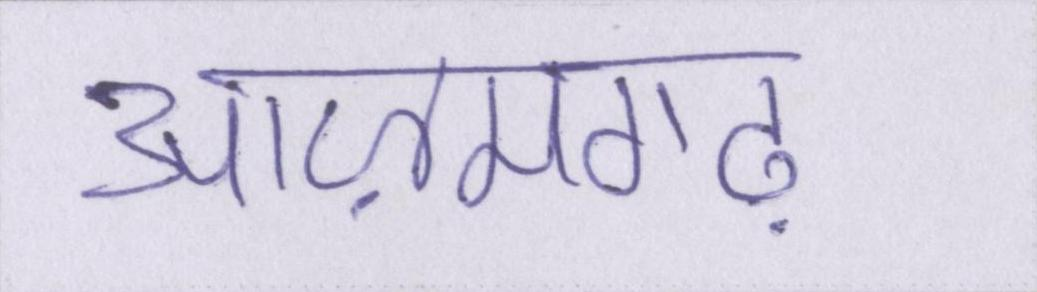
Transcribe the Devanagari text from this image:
आज़मगढ़